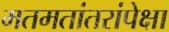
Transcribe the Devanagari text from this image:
मतमतांतरांपेक्षा